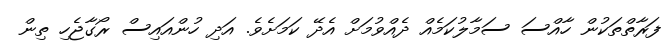
ފަރާތްތަކުން ހާއްސަ ސަމާލުކަމެއް ދެއްވުމަށް އެދޭ ކަމަށެވެ. އަދި ހުންއައިސް ރޯގާޖެހި ތިން